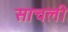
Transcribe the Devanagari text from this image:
साचली